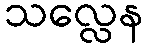
သလ္လေန